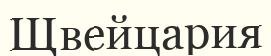
Щвейцария